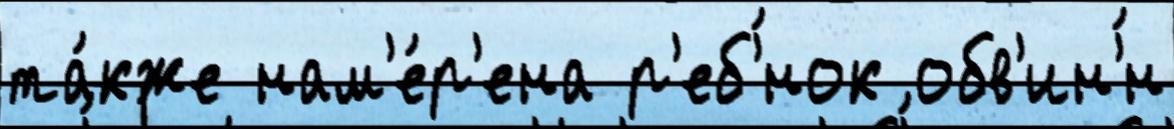
та́кже нам'е́р'ена р'еб'́нок обв'ин'́н